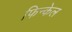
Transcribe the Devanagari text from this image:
फिन्केल